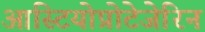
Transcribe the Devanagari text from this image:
आस्टियोप्रोटेजेरिन